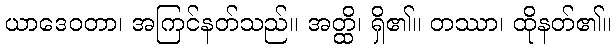
ယာဒေဝတာ၊ အကြင်နတ်သည်။ အတ္ထိ၊ ရှိ၏။ တဿာ၊ ထိုနတ်၏။